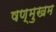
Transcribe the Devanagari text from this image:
षण्मुखम